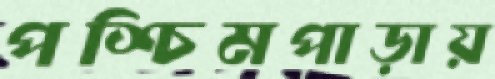
পশ্চিমপাড়ায়